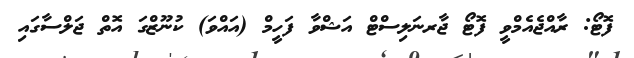
ފޮޓޯ: ރާއްޖެއެމްވީ ފޮޓޯ ޖާރނަލިސްޓް އަޝްވާ ފަހީމް (އައްވަ) ކުނޫޒްގަ އޮތް ޖަލްސާގައި